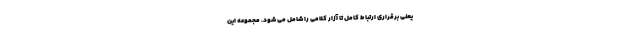
یعنی برقراری ارتباط کامل تا آزار کلامی را شامل می شود. مجموعه این